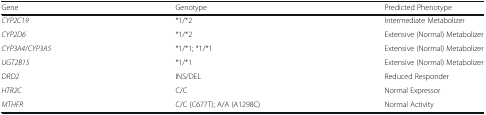
<table><thead><tr><td><b>Gene</b></td><td><b>Genotype</b></td><td><b>Predicted Phenotype</b></td></tr></thead><tbody><tr><td><i>CYP2C19</i></td><td>*1/*2</td><td>Intermediate Metabolizer</td></tr><tr><td><i>CYP2D6</i></td><td>*1/*2</td><td>Extensive (Normal) Metabolizer</td></tr><tr><td><i>CYP3A4</i>/<i>CYP3A5</i></td><td>*1/*1; *1/*1</td><td>Extensive (Normal) Metabolizer</td></tr><tr><td><i>UGT2B15</i></td><td>*1/*1</td><td>Extensive (Normal) Metabolizer</td></tr><tr><td><i>DRD2</i></td><td>INS/DEL</td><td>Reduced Responder</td></tr><tr><td><i>HTR2C</i></td><td>C/C</td><td>Normal Expressor</td></tr><tr><td><i>MTHFR</i></td><td>C/C (C677T); A/A (A1298C)</td><td>Normal Activity</td></tr></tbody></table>